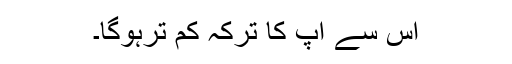
اس سے آپ کا ترکہ کم ترہوگا۔